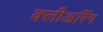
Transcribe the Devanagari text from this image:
क्लीअरिंग